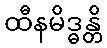
ထီနမိဒ္ဓန္တိ